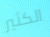
الكثير